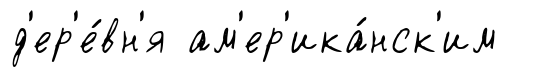
д'ер'е́вн'я ам'ер'ика́нск'им